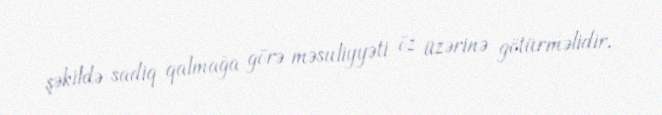
şəkildə sadiq qalmağa görə məsuliyyəti öz üzərinə götürməlidir.